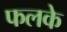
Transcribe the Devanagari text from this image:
फलके